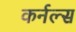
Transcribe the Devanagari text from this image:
कर्नल्स